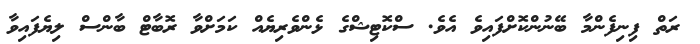
ރަތް ފިނިފެންމާ ބޭނުންކޮށްފައިވެ އެވެ. ސްކޮޓިޝްގެ ޅެންވެރިޔެއް ކަމަށްވާ ރޮބާޓް ބާންސް ލިޔެފައިވާ